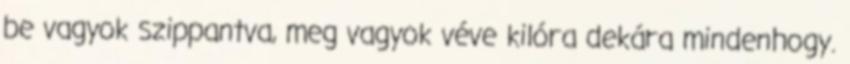
be vagyok szippantva, meg vagyok véve kilóra dekára mindenhogy.